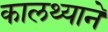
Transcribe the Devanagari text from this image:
कालथ्याने